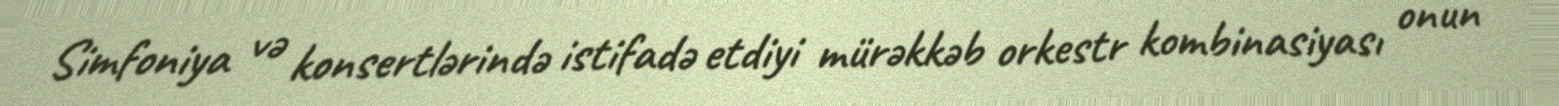
Simfoniya və konsertlərində istifadə etdiyi mürəkkəb orkestr kombinasiyası onun